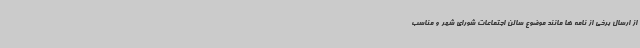
از ارسال برخی از نامه ها مانند موضوع سالن اجتماعات شورای شهر و مناسب